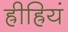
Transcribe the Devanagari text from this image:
ह्रीह्रियं